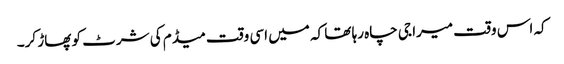
کہ اس وقت میرا جی چاہ رہا تھا کہ میں اسی وقت میڈم کی شرٹ کو پھاڑ کر۔